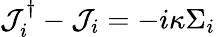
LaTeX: \mathcal{J}_{i}^{\dagger}-\mathcal{J}_{i}=-i\kappa\Sigma_{i}